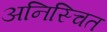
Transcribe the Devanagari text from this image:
अनिस्चित